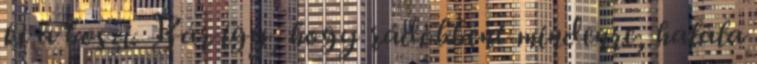
ki a boszi. Bár így, hogy rádöbbent mindenre, halála